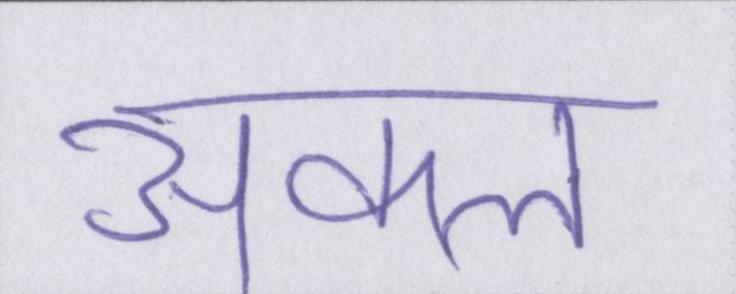
अकल